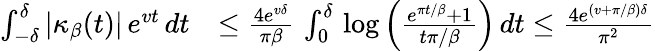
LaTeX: \begin{array}{rl}{\int_{-\delta}^{\delta}|\kappa_{\beta}(t)|\, e^{vt}\, dt}&{\le\frac{4e^{v\delta}}{\pi\beta}\, \int_{0}^{\delta}\, \log\left(\frac{e^{\pi t/\beta}+1}{t\pi/\beta}\right)\, dt\le\frac{4e^{(v+\pi/\beta)\delta}}{\pi^{2}}}\end{array}